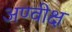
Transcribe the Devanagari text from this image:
अण्वीक्ष